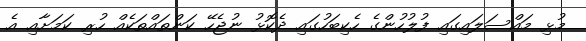
މުޅި މައްސަލައިގައި ފުލުހުންގެ ހެކިބަހުގައި ދެކޮޅު ނުޖެހޭ ކަންތައްތަކެއް ހުރި ކަމަށާއި އެ